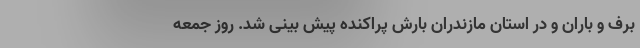
برف و باران و در استان مازندران بارش پراکنده پیش بینی شد. روز جمعه